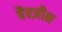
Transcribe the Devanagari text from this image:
बैन्ज़ीन